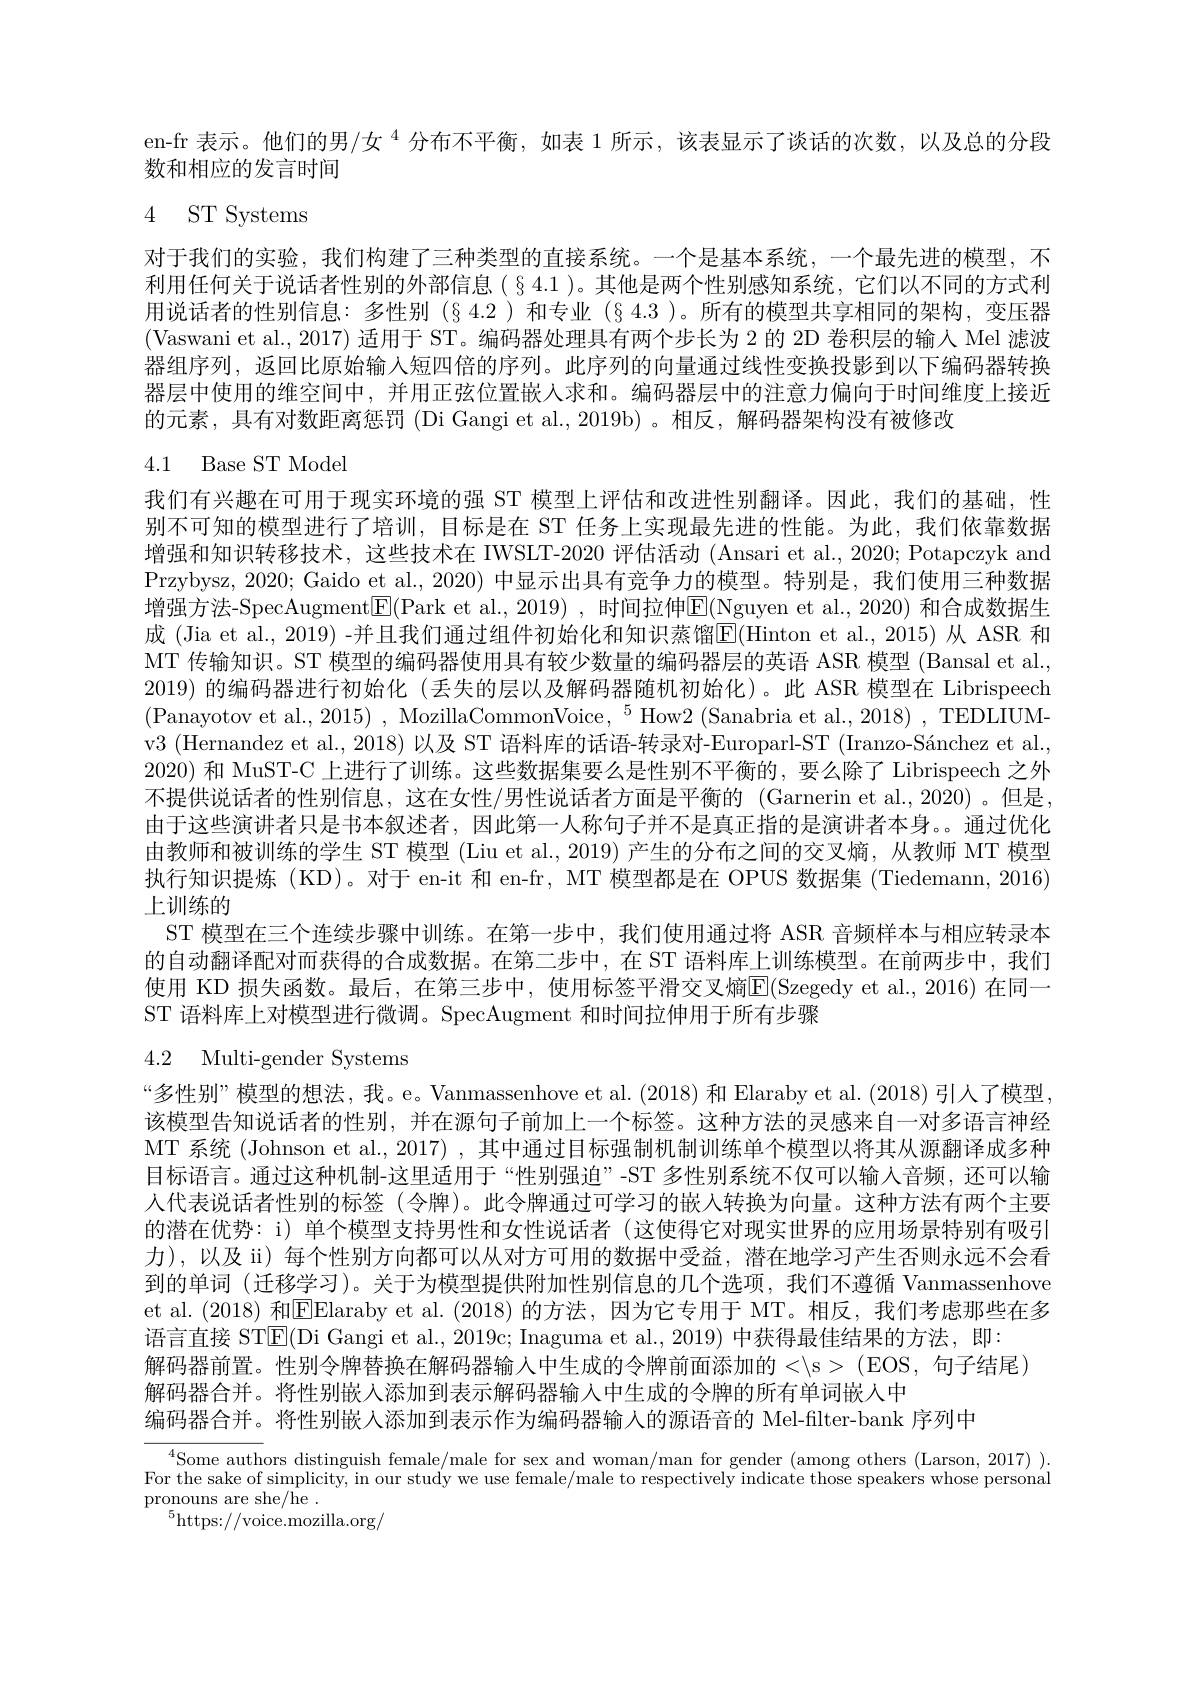
en-fr 表示。他们的男/女$^{4}$分布不平衡，如表 1 所示，该表显示了谈话的次数，以及总的分段
数和相应的发言时间

# 4 ST Systems

对于我们的实验，我们构建了三种类型的直接系统。一个是基本系统，一个最先进的模型，不利用任何关于说话者性别的外部信息(§4.1)。其他是两个性别感知系统，它们以不同的方式利用说话者的性别信息：多性别(§4.2)和专业(§4.3)。所有的模型共享相同的架构，变压器(Vaswani et al., 2017) 适用于 ST。编码器处理具有两个步长为 2 的 2D 卷积层的输人 Mel 滤波器组序列，返回比原始输入短四倍的序列。此序列的向量通过线性变换投影到以下编码器转换器层中使用的维空间中，并用正弦位置嵌人求和。编码器层中的注意力偏向于时间维度上接近的元素，具有对数距离惩罚 (Di Gangi et al.,2019b) 。相反，解码器架构没有被修改

# 4.1 Base ST Model

我们有兴趣在可用于现实环境的强 ST 模型上评估和改进性别翻译。因此，我们的基础，性别不可知的模型进行了培训，目标是在 ST 任务上实现最先进的性能。为此，我们依靠数据增强和知识转移技术，这些技术在 IWSLT-2020 评估活动 (Ansari et al., 2020; Potapczyk and Przybysz, 2020; Gaido et al., 2020) 中显示出具有竞争力的模型。特别是，我们使用三种数据增强方法-SpecAugment$\boxed{\mathrm{E}}($Park et al., 2019) , 时间拉伸$\boxed{\mathrm{E}}($Nguyen et al., 2020) 和合成数据生成 (Jia et al., 2019) -并且我们通过组件初始化和知识蒸馏|E(Hinton et al., 2015) 从 ASR 和MT 传输知识。ST 模型的编码器使用具有较少数量的编码器层的英语 ASR 模型 (Bansal et al., 2019)的编码器进行初始化 (丢失的层以及解码器随机初始化)。此 ASR 模型在 Librispeech v3 (Hernandez et al., 2018) 以及 ST 语料库的话语-转录对-Europarl-ST (Iranzo-Sánchez et al., 2020) 和 MuST-C 上进行了训练。这些数据集要么是性别不平衡的，要么除了 Librispeech 之外不提供说话者的性别信息，这在女性/男性说话者方面是平衡的 (Garnerin et al.,2020) 。但是， 由于这些演讲者只是书本叙述者，因此第一人称句子并不是真正指的是演讲者本身。通过优化由教师和被训练的学生 ST 模型 (Liu et al., 2019) 产生的分布之间的交叉熵，从教师 MT 模型执行知识提炼 (KD)。对于 en-it 和 en-fr, MT 模型都是在 OPUS 数据集 (Tiedemann, 2016) 上训练的
ST 模型在三个连续步骤中训练。在第一步中，我们使用通过将 ASR 音频样本与相应转录本的自动翻译配对而获得的合成数据。在第二步中，在 ST 语料库上训练模型。在前两步中，我们使用 KD 损失函数。最后，在第三步中，使用标签平滑交叉熵E$( Szegedy et al. , 2016) 在 同 一$ ST 语料库上对模型进行微调。SpecAugment 和时间拉伸用于所有步骤

# 4.2 Multi-gender Systems

“多性别”模型的想法，我。e。Vanmassenhove et al.(2018) 和 Elaraby et al.(2018) 引人了模型， 该模型告知说话者的性别，并在源句子前加上一个标签。这种方法的灵感来自一对多语言神经MT 系统 (Johnson et al., 2017) , 其中通过目标强制机制训练单个模型以将其从源翻译成多种目标语言。通过这种机制-这里适用于“性别强迫”-ST 多性别系统不仅可以输人音频，还可以输人代表说话者性别的标签 (令牌)。此令牌通过可学习的嵌入转换为向量。这种方法有两个主要的潜在优势：i) 单个模型支持男性和女性说话者 (这使得它对现实世界的应用场景特别有吸引力),以及 ii) 每个性别方向都可以从对方可用的数据中受益，潜在地学习产生否则永远不会看到的单词 (迁移学习)。关于为模型提供附加性别信息的几个选项，我们不遵循 Vanmassenhove et al. (2018) 和$\boxed{\text{E}}$Elaraby et al. (2018)的方法，因为它专用于 MT。相反，我们考虑那些在多语言直接 ST$\mathsf E($Di Gangi et al., 2019c; Inaguma et al., 2019) 中获得最佳结果的方法，即：
解码器前置。性别令牌替换在解码器输入中生成的令牌前面添加的$< \backslash$s> ( EOS, 句 子 结 尾 )
解码器合并。将性别嵌入添加到表示解码器输入中生成的令牌的所有单词嵌人中
编码器合并。将性别嵌人添加到表示作为编码器输人的源语音的 Mel-filter-bank 序列中

$^{4}$Some authors distinguish female/male for sex and woman/man for gender (among others (Larson, 2017) ). For the sake of simplicity, in our study we use female/male to respectively indicate those speakers whose personal ${\mathrm{pronouns~are~she/ he}}$ .
$^{5}$https://voice.mozilla.org/